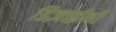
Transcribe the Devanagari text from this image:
डिज़ाईनों